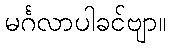
မင်္ဂလာပါခင်ဗျာ။